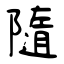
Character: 隨